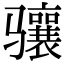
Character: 骧